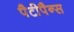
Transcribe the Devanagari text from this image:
पैटीपैन्स